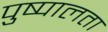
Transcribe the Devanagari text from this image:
पुष्पालता